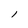
Character: l